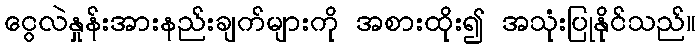
ငွေလဲနှုန်းအားနည်းချက်များကို အစားထိုး၍ အသုံးပြုနိုင်သည်။